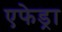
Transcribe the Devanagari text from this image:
एफेड्रा